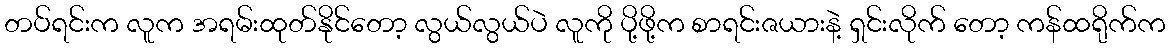
တပ်ရင်းက လူက အရမ်းထုတ်နိုင်တော့ လွယ်လွယ်ပဲ လူကို ပို့ဖို့က စာရင်းဇယားနဲ့ ရှင်းလိုက် တော့ ကန်ထရိုက်က